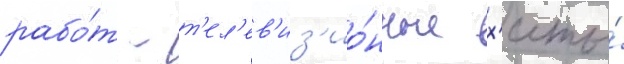
рабо́т - т'ел'ев'из'ио́нные х'иты́